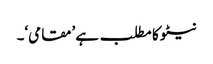
نیٹو کا مطلب ہے ’مقامی‘۔